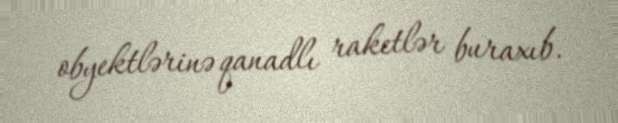
obyektlərinə qanadlı raketlər buraxıb.